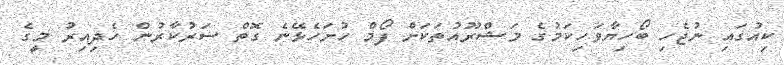
ކިއުގައި ނުޖެހި ބޯހިޔާވަހިކަމުގެ މަޝްރޫއުތަކަށް ފޯމް ހުށަހެޅޭނެ ގޮތް ސަރުކާރުން ހެދިއިރު މީގެ